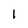
Character: 1